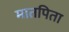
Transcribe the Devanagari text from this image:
मातपिता